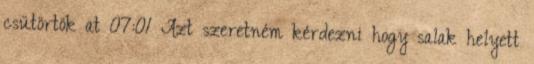
csütörtök at 07:01 Azt szeretném kérdezni hogy salak helyett